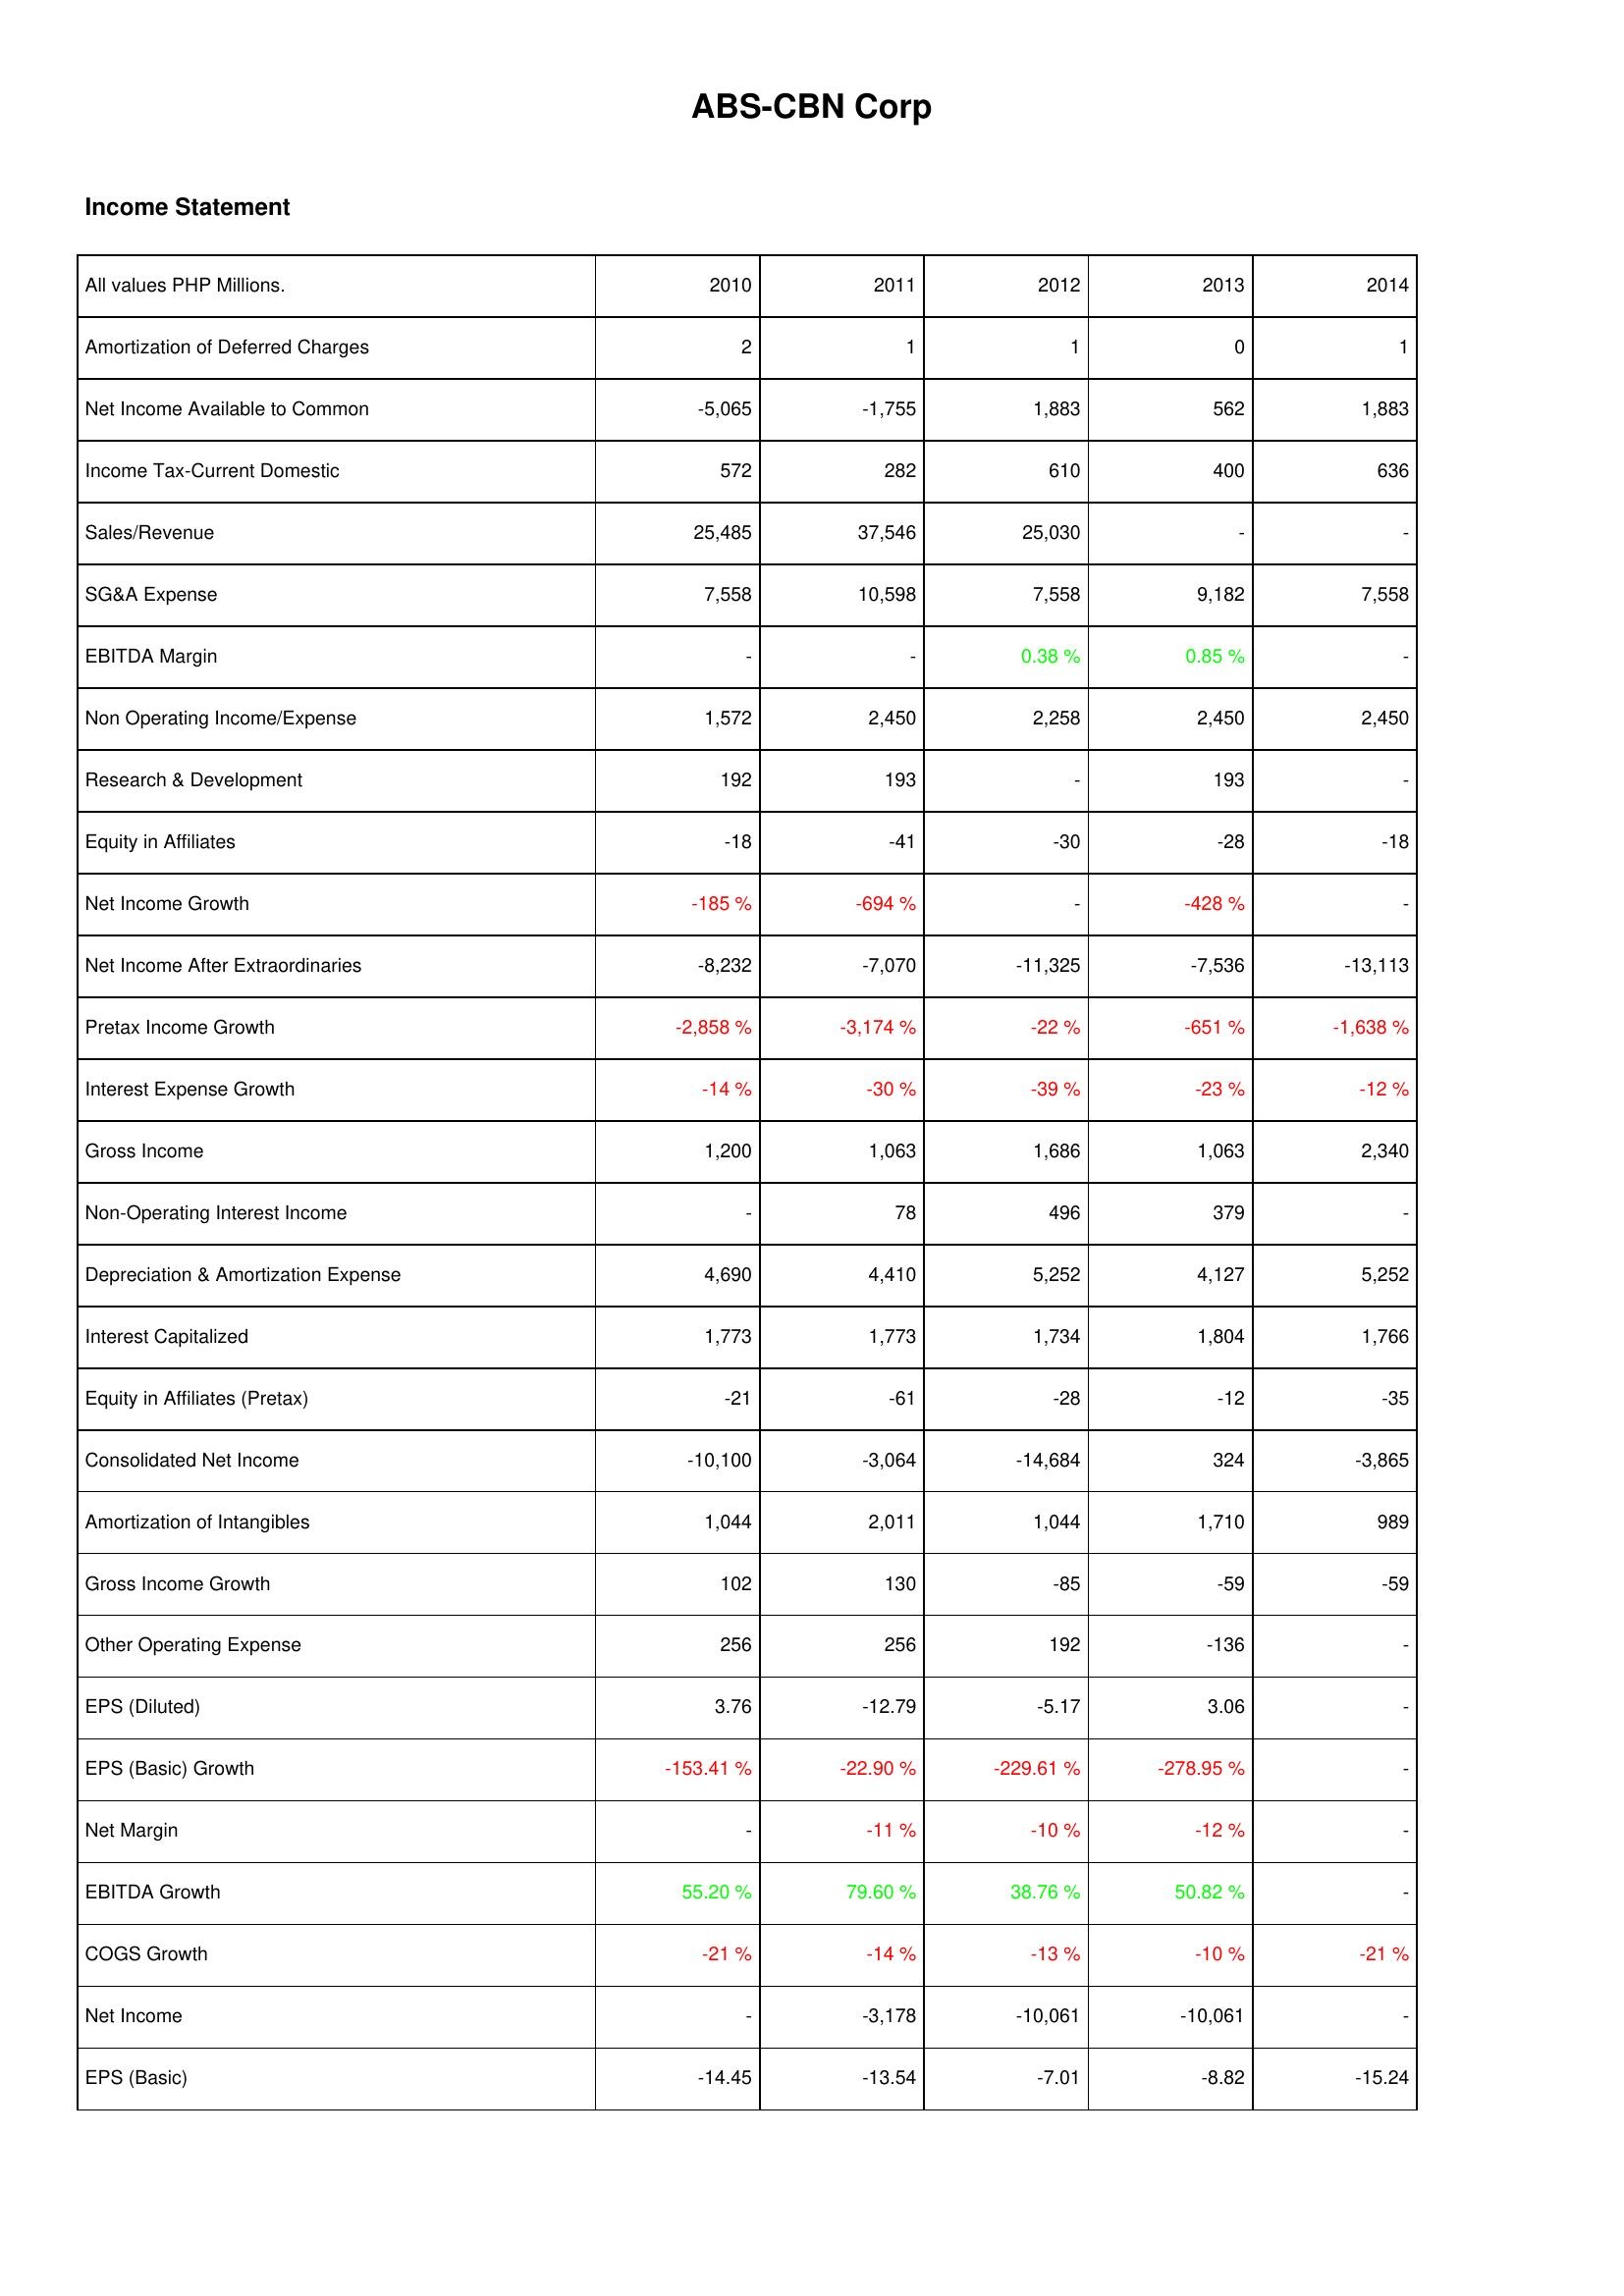
2010: Income Statement: Amortization of Deferred Charges: 2
Net Income Available to Common: -5,065
Income Tax-Current Domestic: 572
Sales/Revenue: 25,485
SG&A Expense: 7,558
EBITDA Margin: -
Non Operating Income/Expense: 1,572
Research & Development: 192
Equity in Affiliates: -18
Net Income Growth: -185 %
Net Income After Extraordinaries: -8,232
Pretax Income Growth: -2,858 %
Interest Expense Growth: -14 %
Gross Income: 1,200
Non-Operating Interest Income: -
Depreciation & Amortization Expense: 4,690
Interest Capitalized: 1,773
Equity in Affiliates (Pretax): -21
Consolidated Net Income: -10,100
Amortization of Intangibles: 1,044
Gross Income Growth: 102
Other Operating Expense: 256
EPS (Diluted): 3.76
EPS (Basic) Growth: -153.41 %
Net Margin: -
EBITDA Growth: 55.20 %
COGS Growth: -21 %
Net Income: -
EPS (Basic): -14.45
2011: Income Statement: Amortization of Deferred Charges: 1
Net Income Available to Common: -1,755
Income Tax-Current Domestic: 282
Sales/Revenue: 37,546
SG&A Expense: 10,598
EBITDA Margin: -
Non Operating Income/Expense: 2,450
Research & Development: 193
Equity in Affiliates: -41
Net Income Growth: -694 %
Net Income After Extraordinaries: -7,070
Pretax Income Growth: -3,174 %
Interest Expense Growth: -30 %
Gross Income: 1,063
Non-Operating Interest Income: 78
Depreciation & Amortization Expense: 4,410
Interest Capitalized: 1,773
Equity in Affiliates (Pretax): -61
Consolidated Net Income: -3,064
Amortization of Intangibles: 2,011
Gross Income Growth: 130
Other Operating Expense: 256
EPS (Diluted): -12.79
EPS (Basic) Growth: -22.90 %
Net Margin: -11 %
EBITDA Growth: 79.60 %
COGS Growth: -14 %
Net Income: -3,178
EPS (Basic): -13.54
2012: Income Statement: Amortization of Deferred Charges: 1
Net Income Available to Common: 1,883
Income Tax-Current Domestic: 610
Sales/Revenue: 25,030
SG&A Expense: 7,558
EBITDA Margin: 0.38 %
Non Operating Income/Expense: 2,258
Research & Development: -
Equity in Affiliates: -30
Net Income Growth: -
Net Income After Extraordinaries: -11,325
Pretax Income Growth: -22 %
Interest Expense Growth: -39 %
Gross Income: 1,686
Non-Operating Interest Income: 496
Depreciation & Amortization Expense: 5,252
Interest Capitalized: 1,734
Equity in Affiliates (Pretax): -28
Consolidated Net Income: -14,684
Amortization of Intangibles: 1,044
Gross Income Growth: -85
Other Operating Expense: 192
EPS (Diluted): -5.17
EPS (Basic) Growth: -229.61 %
Net Margin: -10 %
EBITDA Growth: 38.76 %
COGS Growth: -13 %
Net Income: -10,061
EPS (Basic): -7.01
2013: Income Statement: Amortization of Deferred Charges: 0
Net Income Available to Common: 562
Income Tax-Current Domestic: 400
Sales/Revenue: -
SG&A Expense: 9,182
EBITDA Margin: 0.85 %
Non Operating Income/Expense: 2,450
Research & Development: 193
Equity in Affiliates: -28
Net Income Growth: -428 %
Net Income After Extraordinaries: -7,536
Pretax Income Growth: -651 %
Interest Expense Growth: -23 %
Gross Income: 1,063
Non-Operating Interest Income: 379
Depreciation & Amortization Expense: 4,127
Interest Capitalized: 1,804
Equity in Affiliates (Pretax): -12
Consolidated Net Income: 324
Amortization of Intangibles: 1,710
Gross Income Growth: -59
Other Operating Expense: -136
EPS (Diluted): 3.06
EPS (Basic) Growth: -278.95 %
Net Margin: -12 %
EBITDA Growth: 50.82 %
COGS Growth: -10 %
Net Income: -10,061
EPS (Basic): -8.82
2014: Income Statement: Amortization of Deferred Charges: 1
Net Income Available to Common: 1,883
Income Tax-Current Domestic: 636
Sales/Revenue: -
SG&A Expense: 7,558
EBITDA Margin: -
Non Operating Income/Expense: 2,450
Research & Development: -
Equity in Affiliates: -18
Net Income Growth: -
Net Income After Extraordinaries: -13,113
Pretax Income Growth: -1,638 %
Interest Expense Growth: -12 %
Gross Income: 2,340
Non-Operating Interest Income: -
Depreciation & Amortization Expense: 5,252
Interest Capitalized: 1,766
Equity in Affiliates (Pretax): -35
Consolidated Net Income: -3,865
Amortization of Intangibles: 989
Gross Income Growth: -59
Other Operating Expense: -
EPS (Diluted): -
EPS (Basic) Growth: -
Net Margin: -
EBITDA Growth: -
COGS Growth: -21 %
Net Income: -
EPS (Basic): -15.24